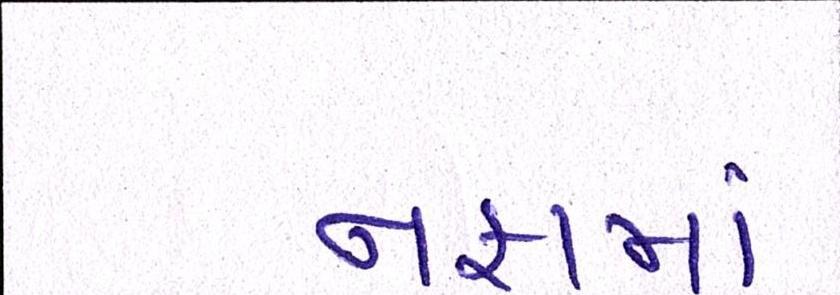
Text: નફામાં